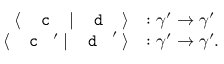
\begin{array} { r l } { \langle \; \textnormal { \texttt { c } } \; | \; \textnormal { \texttt { d } } \; \rangle } & { : \gamma ^ { \prime } \to \gamma ^ { \prime } } \\ { \langle \; \textnormal { \texttt { c } } ^ { \prime } \; | \; \textnormal { \texttt { d } } ^ { \prime } \; \rangle } & { : \gamma ^ { \prime } \to \gamma ^ { \prime } . } \end{array}